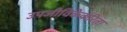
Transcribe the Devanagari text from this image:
उपजीविकेकरिता